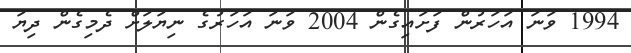
1994 ވަނަ އަހަރުން ފަށައިގެން 2004 ވަނަ އަހަރުގެ ނިޔަލަށް ދެމިގެން ދިޔަ